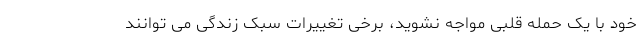
خود با یک حمله قلبی مواجه نشوید، برخی تغییرات سبک زندگی می توانند